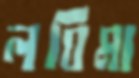
লঘিমা